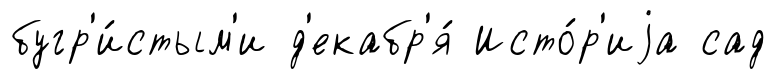
бугр'и́стым'и д'екабр'я́ Исто́р'иjа сад